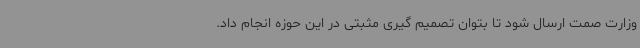
وزارت صمت ارسال شود تا بتوان تصمیم گیری مثبتی در این حوزه انجام داد.